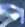
প